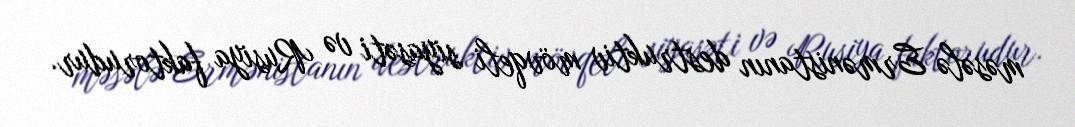
məsələ Ermənistanın destruktiv mövqeli siyasəti və Rusiya faktorudur.